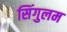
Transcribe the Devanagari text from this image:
सिंगुलम